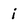
Character: i